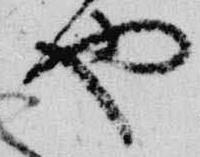
也